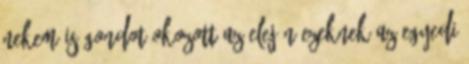
nekem is gondot okozott az elején ezeknek az egyedi